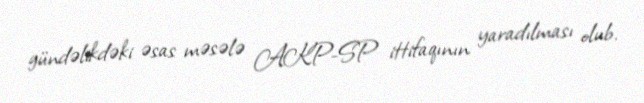
gündəlikdəki əsas məsələ AKP-SP ittifaqının yaradılması olub.